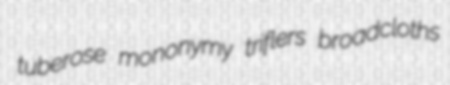
tuberose mononymy triflers broadcloths